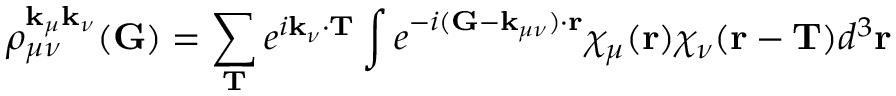
\rho _ { \mu \nu } ^ { \mathbf { k } _ { \mu } \mathbf { k } _ { \nu } } ( \mathbf { G } ) = \sum _ { \mathbf { T } } e ^ { i \mathbf { k } _ { \nu } \cdot \mathbf { T } } \int e ^ { - i ( \mathbf { G } - \mathbf { k } _ { \mu \nu } ) \cdot \mathbf { r } } \chi _ { \mu } ( \mathbf { r } ) \chi _ { \nu } ( \mathbf { r } - \mathbf { T } ) d ^ { 3 } \mathbf { r }